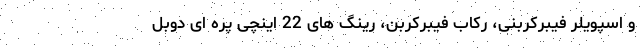
و اسپویلر فیبرکربنی، رکاب فیبرکربن، رینگ های 22 اینچی پره ای دوبل